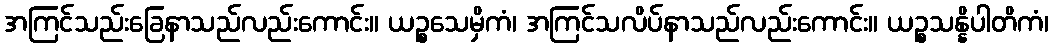
အကြင်သည်းခြေနာသည်လည်းကောင်း။ ယဉ္စသေမှိကံ၊ အကြင်သလိပ်နာသည်လည်းကောင်း။ ယဉ္စသန္နိပါတိကံ၊